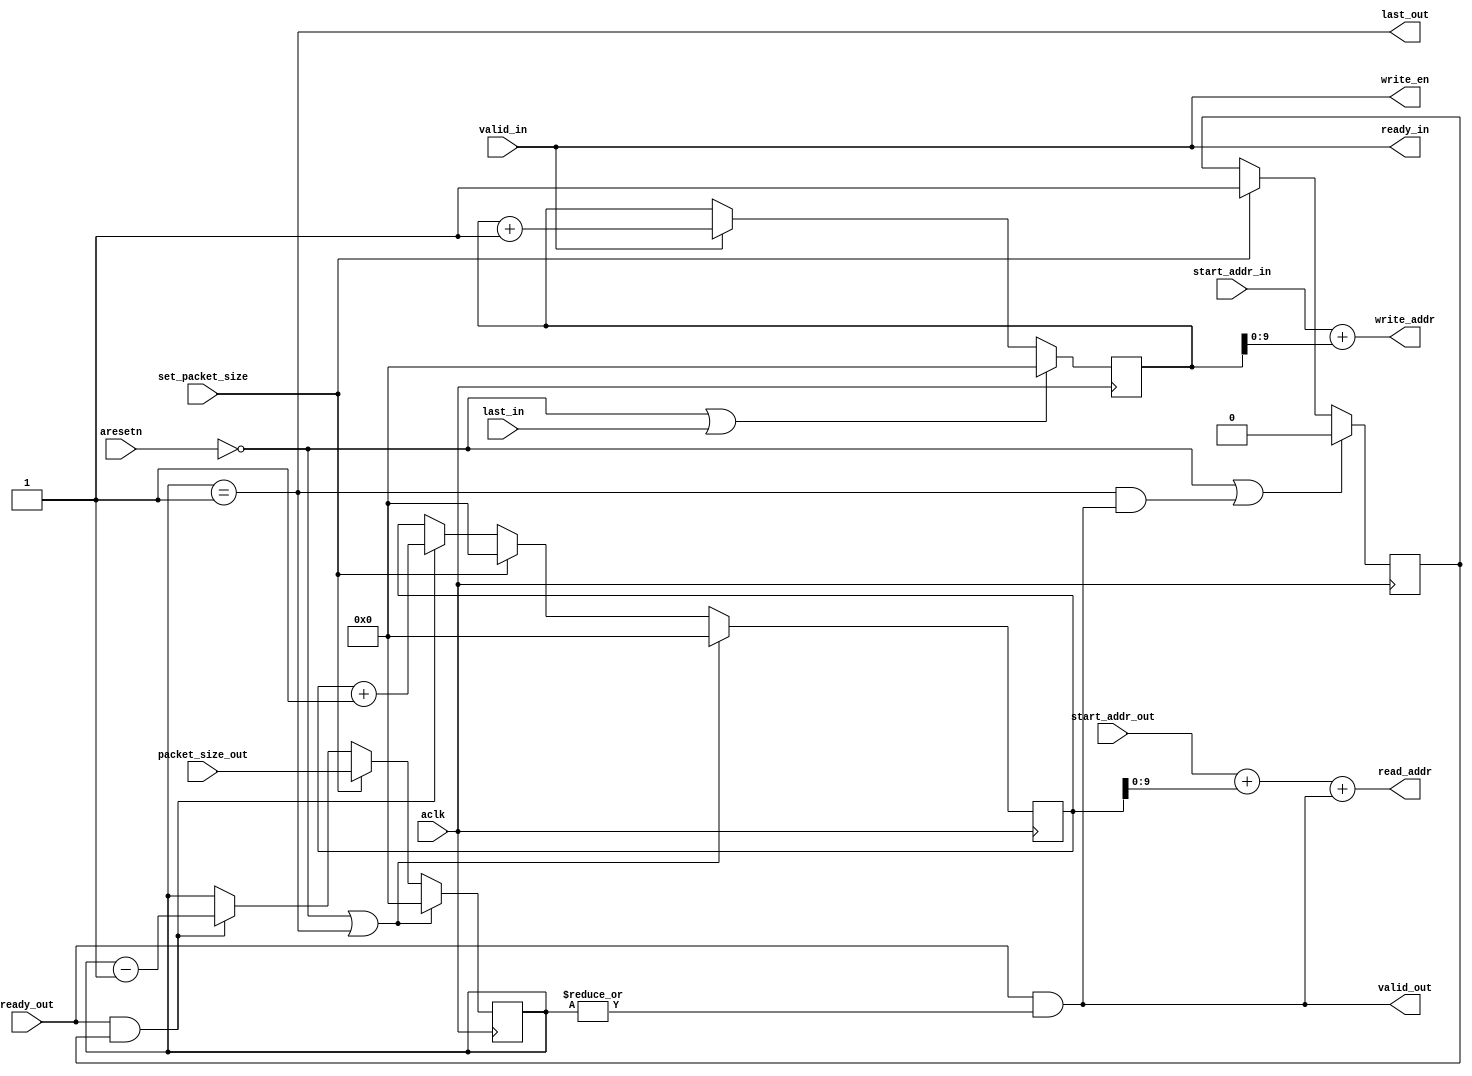
module axis_addr
#(
    parameter ADDR_WIDTH = 10
)
(
    input aclk,
    input aresetn,

    output wire ready_in,
    input valid_in,
    input last_in,

    input ready_out,
    output wire valid_out,
    output wire last_out,

    output wire [ADDR_WIDTH-1:0] read_addr,
    output wire [ADDR_WIDTH-1:0] write_addr,
    output wire write_en,

    input [ADDR_WIDTH-1:0] start_addr_in,
    input [ADDR_WIDTH-1:0] start_addr_out,

    input [ADDR_WIDTH:0] packet_size_out,
    input set_packet_size
);

reg [ADDR_WIDTH:0] input_count, output_count, output_remaining;

assign ready_in = valid_in;

assign valid_out = ready_out & |output_remaining;

assign last_out = output_remaining == {{(ADDR_WIDTH){1'b0}}, 1'd1};

assign read_addr = start_addr_out + output_count + valid_out;
assign write_addr = start_addr_in + input_count;
assign write_en = valid_in;

always @(posedge aclk) begin
    if (~aresetn | last_in)
        input_count <= {(ADDR_WIDTH+1){1'b0}};
    else if (valid_in)
        input_count <= input_count + 1'd1;
end

reg transfer_on;
always @(posedge aclk) begin
    if (~aresetn | (last_out & valid_out))
        transfer_on <= 1'b0;
    else if (set_packet_size)
        transfer_on <= 1'b1;
end

always @(posedge aclk) begin
    if (~aresetn | last_out)
        output_count <= {(ADDR_WIDTH+1){1'b0}};
    else if (set_packet_size)
        output_count <= {(ADDR_WIDTH+1){1'b0}};
    else if (ready_out & transfer_on)
        output_count <= output_count + 1'd1;
end

always @(posedge aclk) begin
    if (~aresetn | last_out)
        output_remaining <= {(ADDR_WIDTH+1){1'b0}};
    else if (set_packet_size)
        output_remaining <= packet_size_out;
    else if (ready_out & transfer_on)
        output_remaining <= output_remaining - 1'd1;
end

endmodule